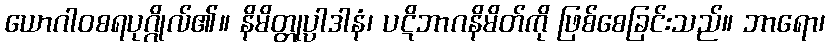
ယောဂါဝစရပုဂ္ဂိုလ်၏။ နိမိတ္တုပ္ပါဒါနံ၊ ပဋိဘာဂနိမိတ်ကို ဖြစ်စေခြင်းသည်။ ဘာရော၊